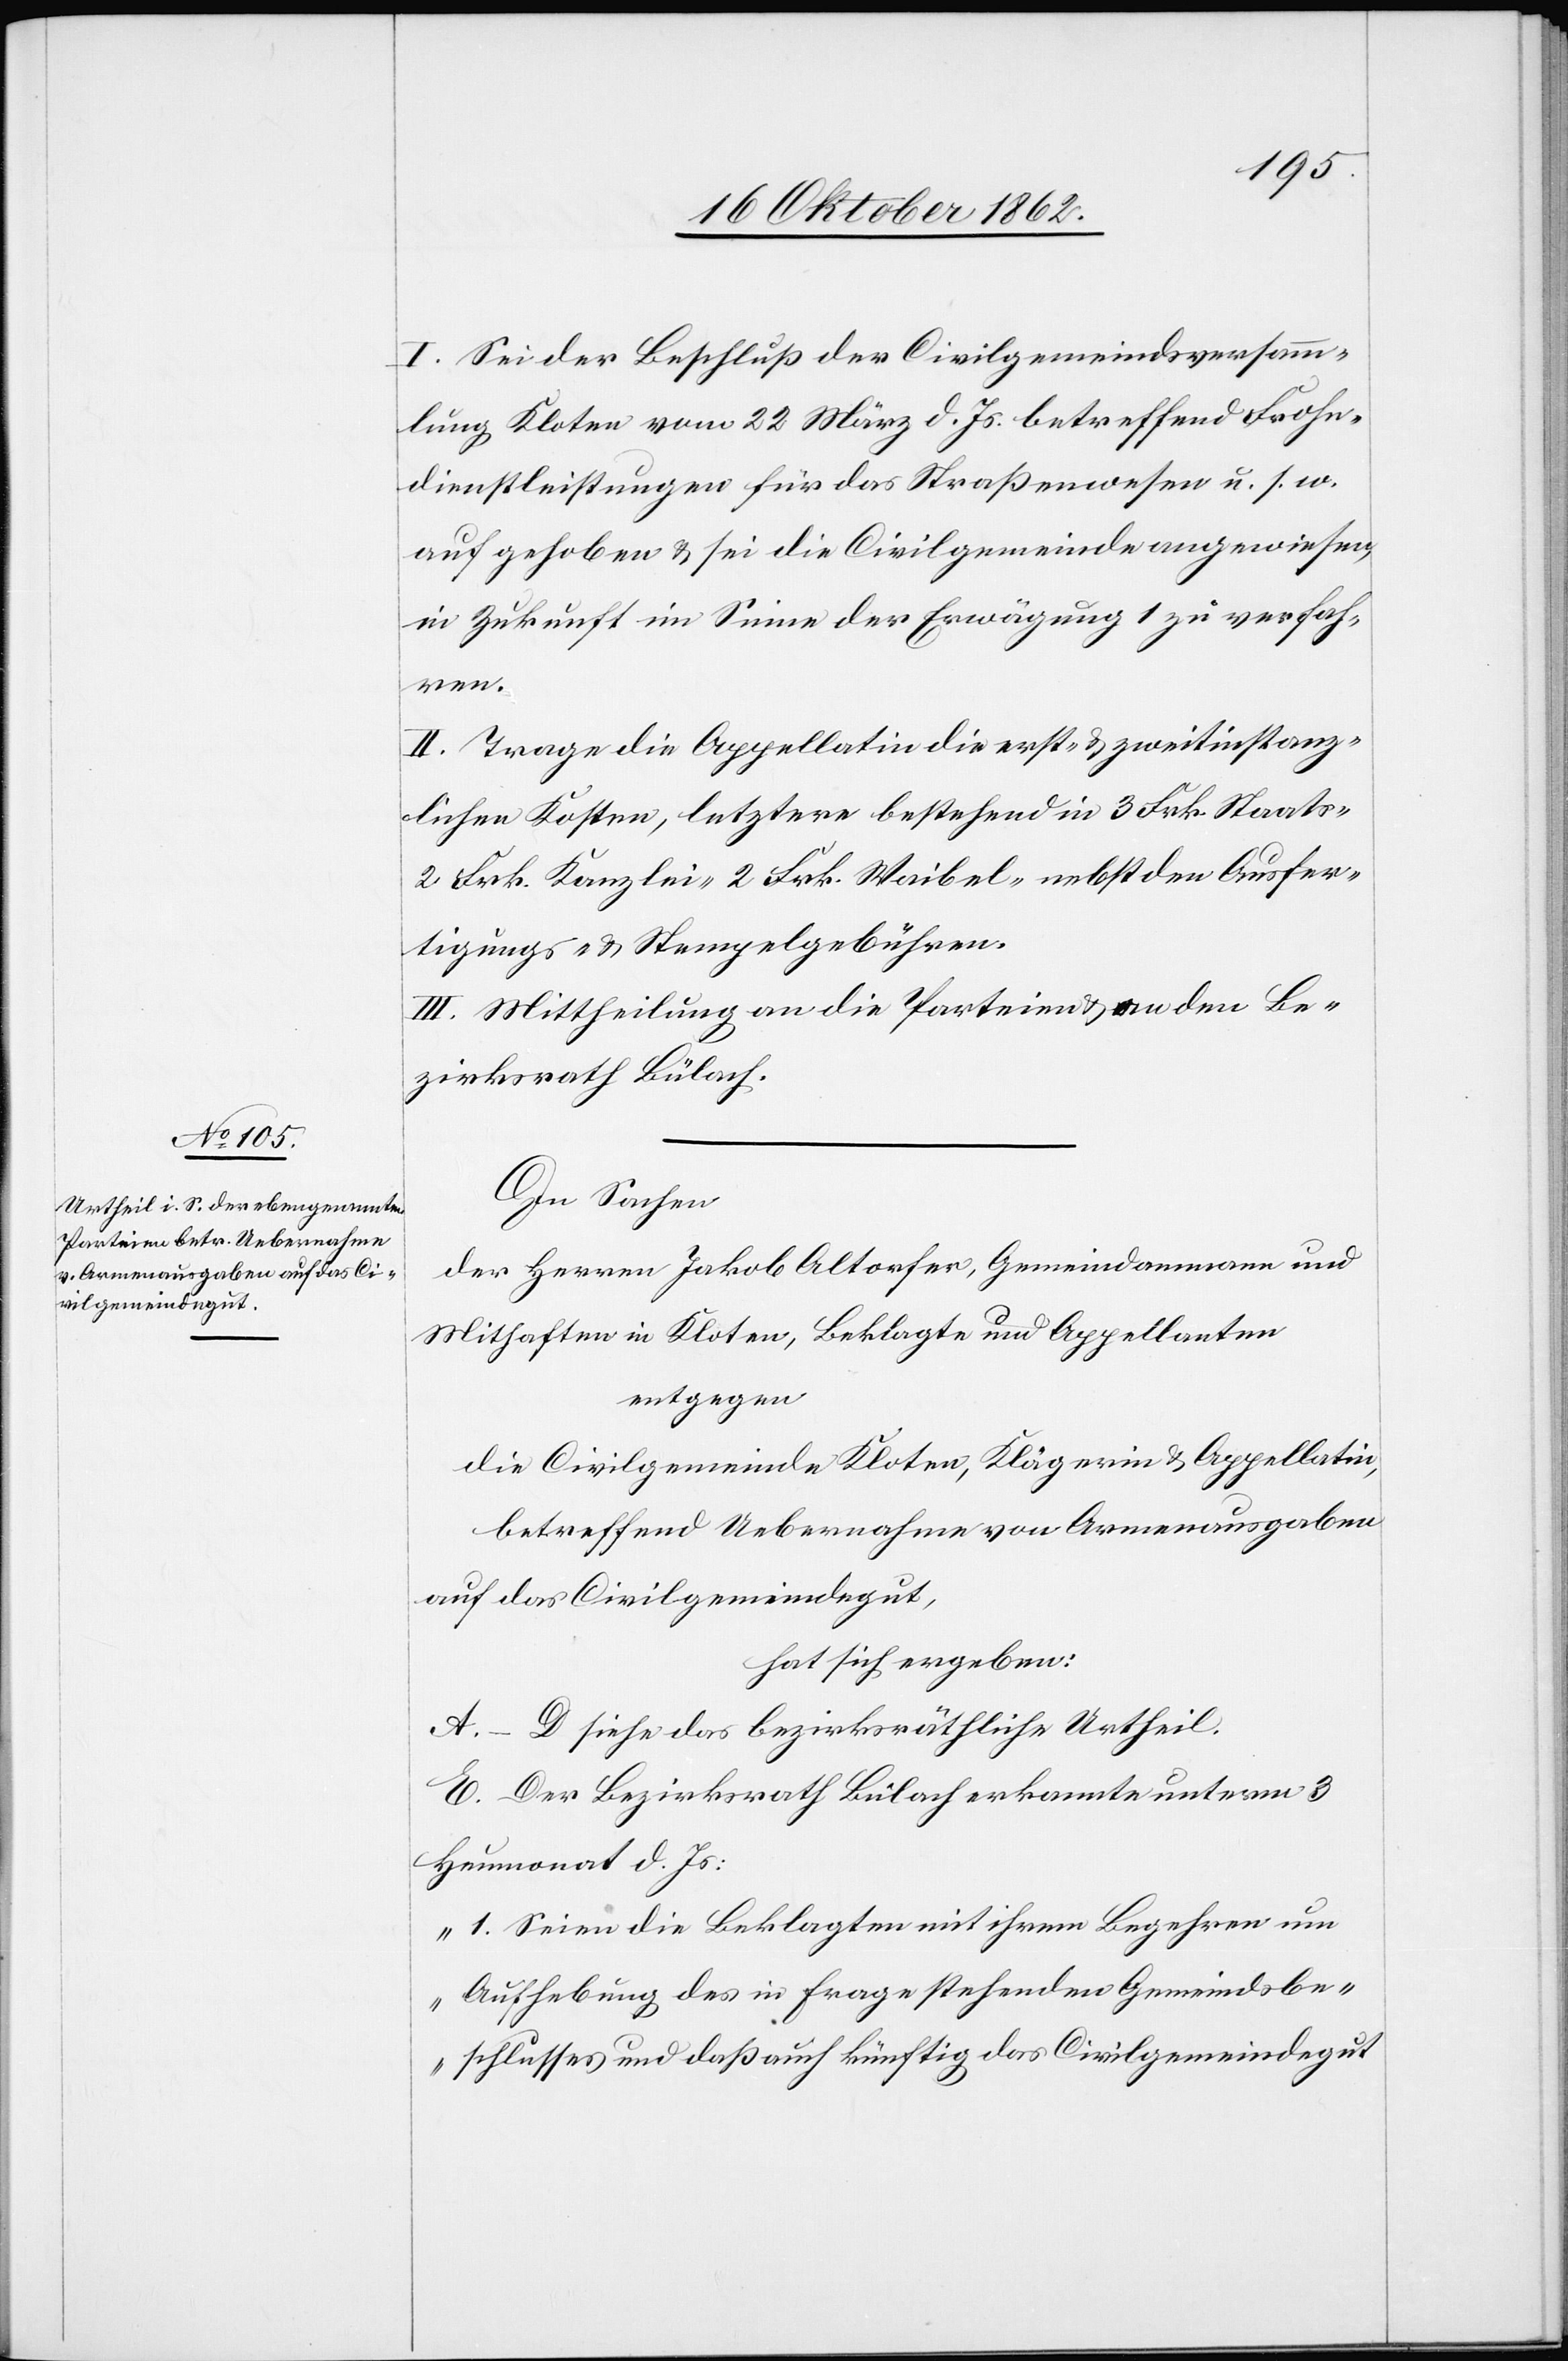
I. Sei der Beschluß der Civilgemeindsversamm¬
lung Kloten vom 22. März d. Js. betreffend Frohn¬
dienstleistungen für das Straßenwesen u. s. w.
aufgehoben u. sei die Civilgemeinde angewiesen,
in Zukunft im Sinne der Erwägung 1 zu verfah¬
ren.
II. Trage die Appellatin die erst- u. zweitinstanz¬
lichen Kosten, letztere bestehend in 3 Frk. Staats-[,]
2 Frk. Kanzlei-[,] 2 Frk. Waibel- nebst den Ausfer¬
tigungs- u. Stempelgebühren.
III. Mittheilung an die Parteien u. an den Be¬
zirksrath Bülach.
In Sachen
der Herren Jakob Altorfer, Gemeindamman und
Mithaften in Kloten, Beklagte und Appellanten
entgegen
die Civilgemeinde Kloten, Klägerinn u. Appellatin,
betreffend Uebernahme von Armenausgaben
auf das Civilgemeindegut,
hat sich ergeben:
A–D. siehe das bezirksräthliche Urtheil.
E. Der Bezirksrath Bülach erkannte unterm 3.
Heumonat d. Js:
„1. Seien die Beklagten mit ihrem Begehren um
Aufhebung des in Frage stehenden Gemeindsbe¬
schlusses und daß auch künftig das Civilgemeindegut